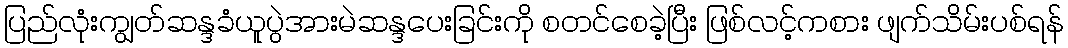
ပြည်လုံးကျွတ်ဆန္ဒခံယူပွဲအားမဲဆန္ဒပေးခြင်းကို စတင်စေခဲ့ပြီး ဖြစ်လင့်ကစား ဖျက်သိမ်းပစ်ရန်